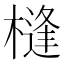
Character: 槰